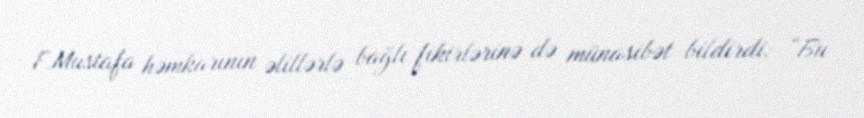
F.Mustafa həmkarının əlillərlə bağlı fikirlərinə də münasibət bildirdi: “Bu